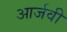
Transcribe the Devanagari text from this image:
आर्जवी